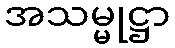
အသမ္မုဋ္ဌာ